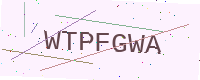
Text: WTPFGWA